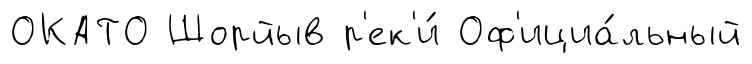
ОКАТО Шорйыв р'ек'и́ Оф'ициа́льный